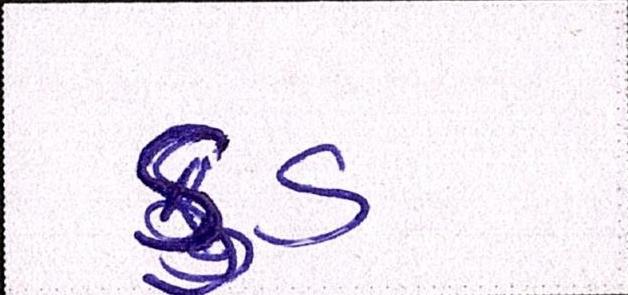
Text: ફુડ